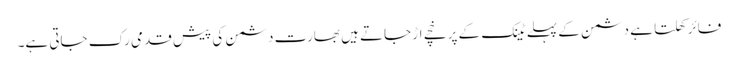
فائر کھلتا ہے دشمن کے پہلے ٹینک کے پرخچے اڑ جاتے ہیں بھارت دشمن کی پیش قدمی رک جاتی ہے۔